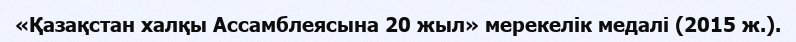
«Қазақстан халқы Ассамблеясына 20 жыл» мерекелік медалі (2015 ж.).